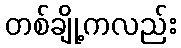
တစ်ချို့ကလည်း